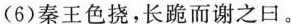
(6)秦王色挠，长跪而谢之日。